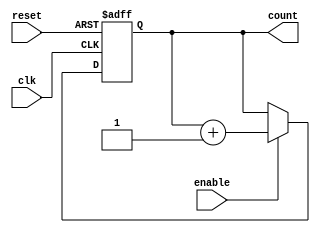
module cascaded_counter (
    input wire clk,           // Clock signal
    input wire reset,         // Asynchronous reset signal
    input wire enable,        // Enable signal
    output reg [n-1:0] count  // n-bit counter output
);
    parameter n = 4;          // Number of bits in the counter

    always @(posedge clk or posedge reset) begin
        if (reset) begin
            count <= 0;       // Reset the counter to 0
        end else if (enable) begin
            count <= count + 1; // Increment the counter
        end
    end
endmodule